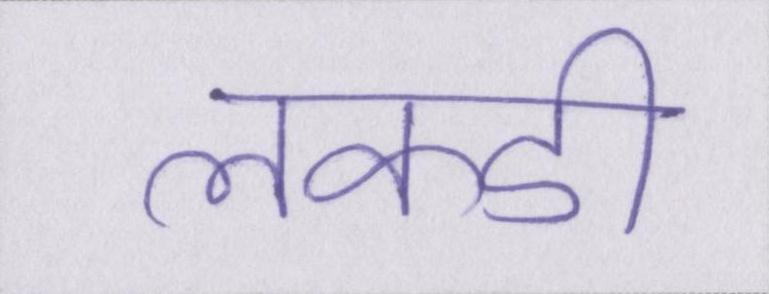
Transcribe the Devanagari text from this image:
लकडी